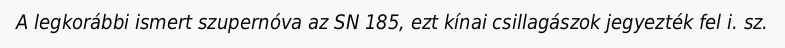
A legkorábbi ismert szupernóva az SN 185, ezt kínai csillagászok jegyezték fel i. sz.